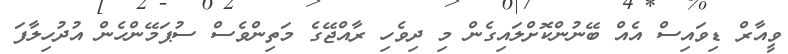
ވީއާރް ޑިވައިސް އެއް ބޭނުންކޮށްލައިގެން މި ދިވެހި ރާއްޖޭގެ މަތިންވެސް ސުޕަމޭންހެން އުދުހިލާފަ